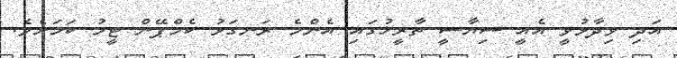
އަދި ވިދާޅުވީ އެއީ ސިޔާސީ ތާރީޚުގައި އެންމެ ރަނގަޅު ކެމްޕޭން ޓީމު ކަމަށެވެ.